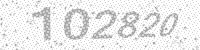
Solution: 102820